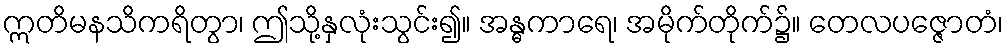
ဣတိမနသိကရိတွာ၊ ဤသို့နှလုံးသွင်း၍။ အန္ဓကာရေ၊ အမိုက်တိုက်၌။ တေလပဇ္ဇောတံ၊